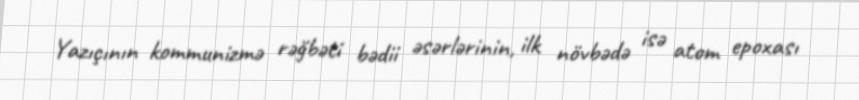
Yazıçının kommunizmə rəğbəti bədii əsərlərinin, ilk növbədə isə atom epoxası